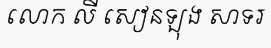
លោក លី សៀនឡុង សាទរ